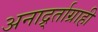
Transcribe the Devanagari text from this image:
अनार्द्र्ताग्राही